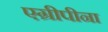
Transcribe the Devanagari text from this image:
एग्रीपीना